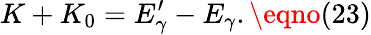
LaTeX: K+K_{0}=E_{\gamma}^{\prime}-E_{\gamma}.\eqno(23)